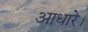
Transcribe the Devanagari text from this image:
आधारे।